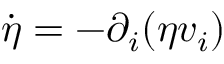
\dot { \eta } = - \partial _ { i } ( \eta v _ { i } )